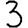
Digit: 3